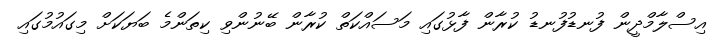
އިސްލާމްދީން ފުނޑުފުނޑު ކުރާން ފާޅުގައި މަސައްކަތް ކުރާން ބޭނުންވި ކިތަންމެ ބަޔަކަށް މިގައުމުގައި